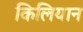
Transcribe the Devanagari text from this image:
किलियान